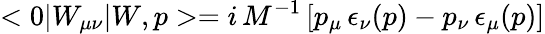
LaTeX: <0|W_{\mu\nu}|W,p>=i\, M^{-1}\left[p_{\mu}\, \epsilon_{\nu}(p)-p_{\nu}\, \epsilon_{\mu}(p)\right]